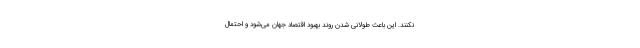
نکنند. این باعث طولانی شدن روند بهبود اقتصاد جهان می‌شود و احتمال